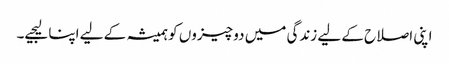
اپنی اصلاح کے لیے زندگی میں دو چیزوں کو ہمیشہ کے لیے اپنا لیجیے۔